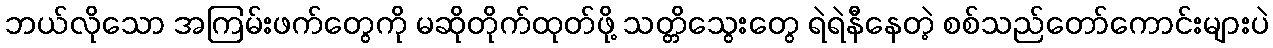
ဘယ်လိုသော အကြမ်းဖက်တွေကို မဆိုတိုက်ထုတ်ဖို့ သတ္တိသွေးတွေ ရဲရဲနီနေတဲ့ စစ်သည်တော်ကောင်းများပဲ